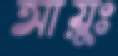
আয়ুঃ